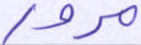
مرور